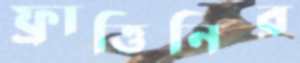
ফ্রাত্তিনির